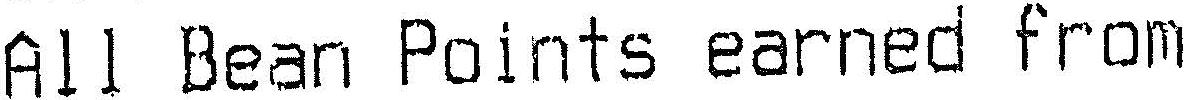
ALL BEAN POINTS EARNED FROM